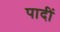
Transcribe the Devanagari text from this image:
पादीं